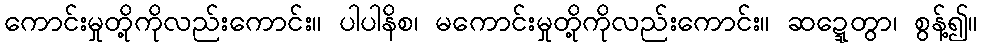
ကောင်းမှုတို့ကိုလည်းကောင်း။ ပါပါနိစ၊ မကောင်းမှုတို့ကိုလည်းကောင်း။ ဆဍ္ဍေတွာ၊ စွန့်၍။